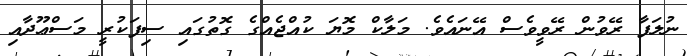
ނުލަފާ ރޭވުން ރޭވީވެސް އޭނައެވެ. މަލާކް މޮޔަ ކުއްޖެއްގެ ގޮތުގައި ސިފަކުރީ މަސްޢޫދާއި